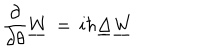
LaTeX: { \frac { \partial } { \partial \theta } } \underline { { W } } \, = \, i \hbar \underline { { \Delta } } \underline { { W } }